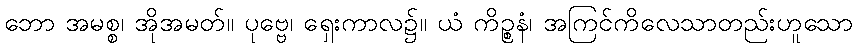
ဘော အမစ္စ၊ အိုအမတ်။ ပုဗ္ဗေ၊ ရှေးကာလ၌။ ယံ ကိဉ္စနံ၊ အကြင်ကိလေသာတည်းဟူသော